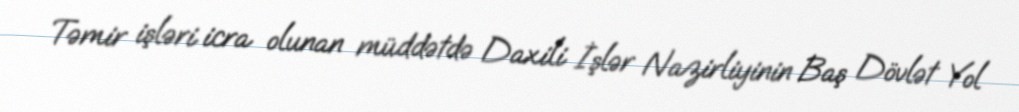
Təmir işləri icra olunan müddətdə Daxili İşlər Nazirliyinin Baş Dövlət Yol